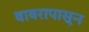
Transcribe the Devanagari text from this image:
वावरापासून